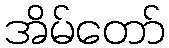
အိမ်တော်